Report of the Indian Hemp Drugs Commission, 1894-1895 - Volume III
Year: 1894
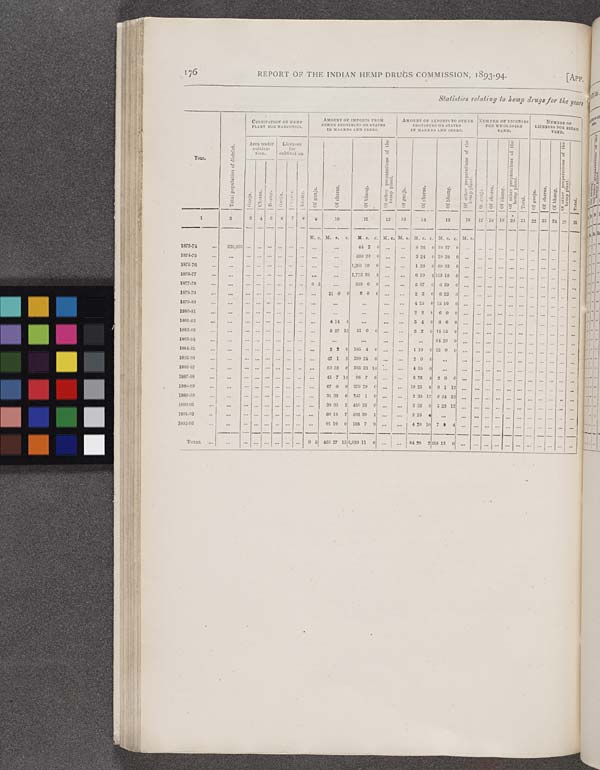
176
REPORT OF THE INDIAN HEMP DRUGS COMMISSION, 1893-94.
[APP.
St
ati
stics
relating to hemp drug* for the years
Total population of district.
CULTIVATION OF HEMP
PLANT FOR NARCOTICS.
AMOUNT OF IMPORTS FROM
OTHER PROVINCES OR STATES
IN MAUNDS AND BEERS.
AMOUNT OF EXPORTS TO OTHER
PROVINCES OF STATES
IN MAUNDS AND SEERS.
NUMBER
OF
LICENSES
FOR WHOSALE
VEND.
NUMBER
OF
LICENSES FOR RETAIL
VEND.
Year.
Total population of district.
Area under
cultiva-
tion.
Licenses
for
cultivation.
Of ganja. Of charas.
Of bhang.
Of other preparations of the
hemp plant.
Of ganja. Of charas. Of bhang.
Of other preparations of the
h
emp plant.
Of ganja.
Of charas.
Of bhang.
Of other preparations of the
hemp plant.
Total.
Of ganja.
Of charas.
Of bhang.
Of other preparations of the
hemp plant.
Total.
Total population of district.
Ganja.
Charas.
Bhang.
Ganja.
Charas.
Bhang.
Of ganja. Of charas.
Of bhang.
Of other preparations of the
hemp plant.
Of ganja. Of charas. Of bhang.
Of other preparations of the
h
emp plant.
Of ganja.
Of charas.
Of bhang.
Of other preparations of the
hemp plant.
Total.
Of ganja.
Of charas.
Of bhang.
Of other preparations of the
hemp plant.
Total.
1
2
3
4
6
6
7
8
9
10
1
1
12
13
14,
15
16
17 18 19 20 21 22 23 24 25
26
M. s. M. s.
c.
M. s.
c. M. S. M. s. M. s. c. M. s. c. M. s.
1873-74
639,825
64 2
0
8 26
0 19 27
0
1874-75
599 30
0
3 24
0 28 38
0
1875-76
1,381 10
0
1 26
8 69 32
8
1878-77
1.773 38
8
6 19
4 153 318 0
1877-78
0 5
363 0
0
5 37
0 0 29
0
1878-79
21 0
0
6 0
0
2 3
0 6 22
0
1879-80
4 25
0 15 16
0
1880-81
2 2 0
6 0
0
1881-83
4 14
4
5 4
0 8 6
0
1882-83
6 27 12
51 0
0
3 2
0 14 15 0
1883-84
64 20 0
1884-35
2 8
0 185 4
0
1 10
0 12 0
0
1885-86
42 1
5 299 24 0
2 0
0
1886-87
60 33
6 365 23 14
4 35
0
1887-88
45 7 14
96 7
6
6 26
4 2 0
0
1888-89
67 0
8 379 29 0
10 25 8 0 1 1 2
1889-90
31 36
6 247 1
0
2 39 12 0 34 1 2
1890-91
38 36
1 450 35 0
5 36 8 5 23 1 2
1891-92
60 18
7 502 39 1
2 26 4
1892-93
91 10
0 168 7
9
4 20 10 7 9
4
TOTAL
0 5 460 27 15 3,939 11 6
84 2 29 2 115 13 0